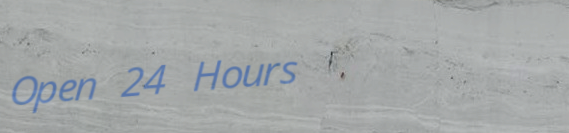
Open 24 Hours